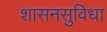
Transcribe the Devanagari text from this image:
शासनसुविधा